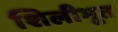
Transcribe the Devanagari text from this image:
शिलीभूत